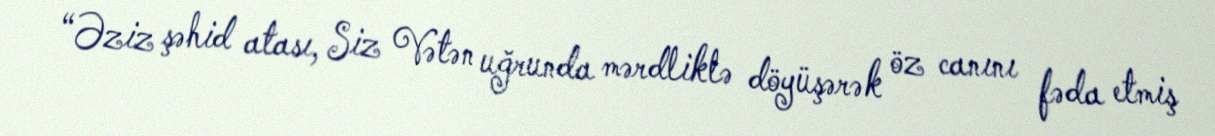
“Əziz şəhid atası, Siz Vətən uğrunda mərdliklə döyüşərək öz canını fəda etmiş